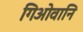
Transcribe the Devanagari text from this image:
गिओवानि